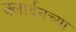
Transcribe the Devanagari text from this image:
क्लार्दनच्या